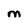
Character: M